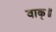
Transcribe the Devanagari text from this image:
वाक्॥